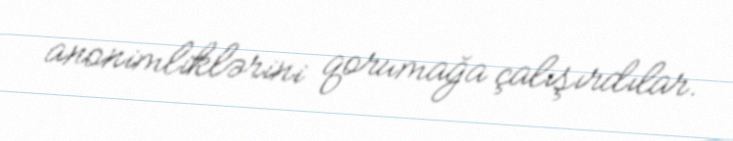
anonimliklərini qorumağa çalışırdılar.